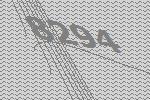
8294